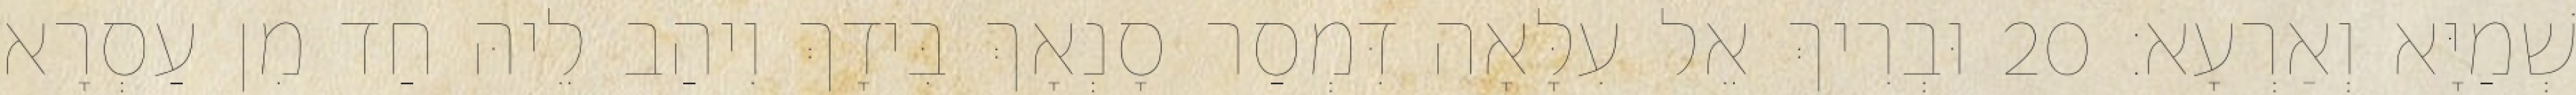
שְׁמַיָּא וְאַרְעָא׃ 20 וּבְרִיךְ אֵל עִלָּאָה דִּמְסַר סָנְאָךְ בִּידָךְ וִיהַב לֵיהּ חַד מִן עַסְרָא